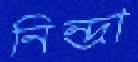
নিন্দ্রা